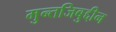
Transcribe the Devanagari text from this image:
मुन्तजिबुद्दीन